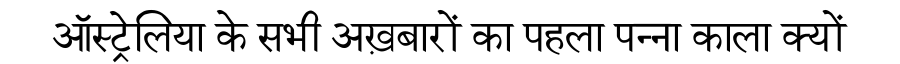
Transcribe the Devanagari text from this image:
ऑस्ट्रेलिया के सभी अख़बारों का पहला पन्ना काला क्यों